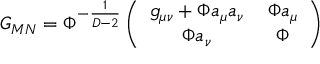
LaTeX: G _ { M N } = \Phi ^ { - \frac { 1 } { D - 2 } } \left( \begin{array} { c c } { { g _ { \mu \nu } + \Phi a _ { \mu } a _ { \nu } } } & { { \, \Phi a _ { \mu } } } \\ { { \Phi a _ { \nu } } } & { { \, \Phi } } \end{array} \right)